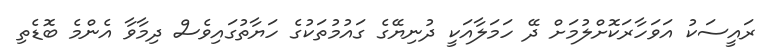
ރައީސަކު އަވަހާރަކޮށްލުމަށް ދޭ ހަމަލާއަކީ ދުނިޔޭގެ ގައުމުތަކުގެ ހަޔާތުގައިވެސް ދިމާވާ އެންމެ ބޮޑެތި